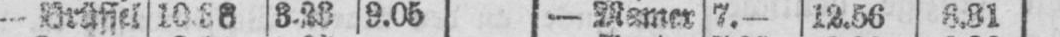
9.05 - Mamer 7.- 12.56 6.31